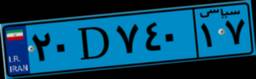
۲۰D۷۴۰۱۷